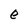
Character: e